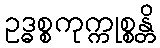
ဥဒ္ဓစ္စကုက္ကုစ္စန္တိ